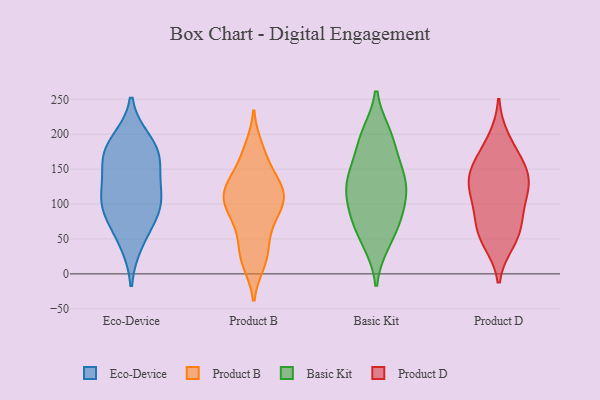
{"axis": {"x": "Shipments", "y": "Value"}, "legend": ["Basic Kit", "Eco-Device", "Product B", "Product D"], "data": [{"x": "", "y": 105, "type": "Eco-Device"}, {"x": "", "y": 109, "type": "Eco-Device"}, {"x": "", "y": 129, "type": "Eco-Device"}, {"x": "", "y": 170, "type": "Eco-Device"}, {"x": "", "y": 94, "type": "Eco-Device"}, {"x": "", "y": 173, "type": "Eco-Device"}, {"x": "", "y": 46, "type": "Eco-Device"}, {"x": "", "y": 167, "type": "Eco-Device"}, {"x": "", "y": 189, "type": "Eco-Device"}, {"x": "", "y": 78, "type": "Eco-Device"}, {"x": "", "y": 14, "type": "Product B"}, {"x": "", "y": 111, "type": "Product B"}, {"x": "", "y": 113, "type": "Product B"}, {"x": "", "y": 124, "type": "Product B"}, {"x": "", "y": 173, "type": "Product B"}, {"x": "", "y": 97, "type": "Product B"}, {"x": "", "y": 16, "type": "Product B"}, {"x": "", "y": 89, "type": "Product B"}, {"x": "", "y": 182, "type": "Product B"}, {"x": "", "y": 112, "type": "Product B"}, {"x": "", "y": 102, "type": "Product B"}, {"x": "", "y": 140, "type": "Product B"}, {"x": "", "y": 126, "type": "Product B"}, {"x": "", "y": 78, "type": "Product B"}, {"x": "", "y": 34, "type": "Product B"}, {"x": "", "y": 44, "type": "Product B"}, {"x": "", "y": 67, "type": "Product B"}, {"x": "", "y": 146, "type": "Product B"}, {"x": "", "y": 52, "type": "Basic Kit"}, {"x": "", "y": 196, "type": "Basic Kit"}, {"x": "", "y": 132, "type": "Basic Kit"}, {"x": "", "y": 148, "type": "Basic Kit"}, {"x": "", "y": 145, "type": "Basic Kit"}, {"x": "", "y": 81, "type": "Basic Kit"}, {"x": "", "y": 126, "type": "Basic Kit"}, {"x": "", "y": 199, "type": "Basic Kit"}, {"x": "", "y": 45, "type": "Basic Kit"}, {"x": "", "y": 91, "type": "Basic Kit"}, {"x": "", "y": 81, "type": "Basic Kit"}, {"x": "", "y": 107, "type": "Basic Kit"}, {"x": "", "y": 129, "type": "Basic Kit"}, {"x": "", "y": 189, "type": "Basic Kit"}, {"x": "", "y": 143, "type": "Product D"}, {"x": "", "y": 96, "type": "Product D"}, {"x": "", "y": 77, "type": "Product D"}, {"x": "", "y": 46, "type": "Product D"}, {"x": "", "y": 135, "type": "Product D"}, {"x": "", "y": 125, "type": "Product D"}, {"x": "", "y": 192, "type": "Product D"}, {"x": "", "y": 56, "type": "Product D"}, {"x": "", "y": 108, "type": "Product D"}, {"x": "", "y": 155, "type": "Product D"}, {"x": "", "y": 133, "type": "Product D"}, {"x": "", "y": 58, "type": "Product D"}, {"x": "", "y": 170, "type": "Product D"}]}